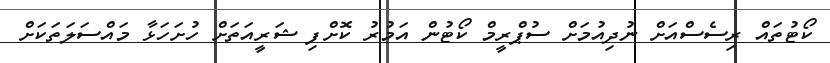
ކޯޓުތައް ރިސެސްއަށް ނުދިއުމަށް ސުޕްރީމް ކޯޓުން އަމުރު ކޮށްފި ޝަރީއަތަށް ހުށަހަޅާ މައްސަލަތަކަށް